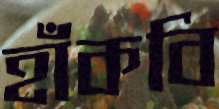
হাঁকবি